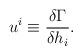
LaTeX: \begin{align*}u^i\equiv \frac{\delta \Gamma }{\delta h_i}.\end{align*}